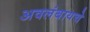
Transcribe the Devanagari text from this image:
अवलंबायचे